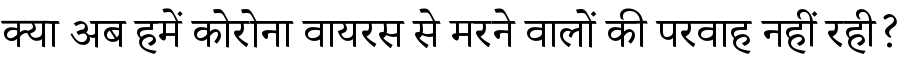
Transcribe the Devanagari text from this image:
क्या अब हमें कोरोना वायरस से मरने वालों की परवाह नहीं रही?